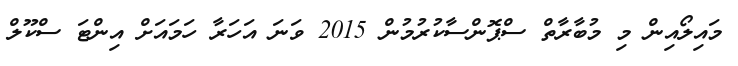
މައިލޯއިން މި މުބާރާތް ސްޕޮންސާކުރުމުން 2015 ވަނަ އަހަރާ ހަމައަށް އިންޓަ ސްކޫލް